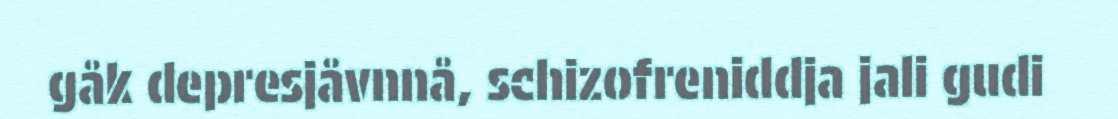
gåk depresjåvnnå, schizofreniddja jali gudi